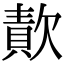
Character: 𣤈